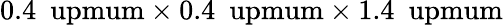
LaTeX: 0.4\ \mathrm{\ upmum}\times 0.4\ \mathrm{\ upmum}\times 1.4\ \mathrm{\ upmum}